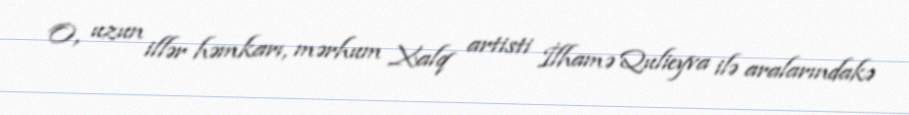
O, uzun illər həmkarı, mərhum Xalq artisti İlhamə Qulieyva ilə aralarındakə